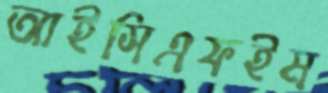
আইসিএফইম